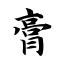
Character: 膏